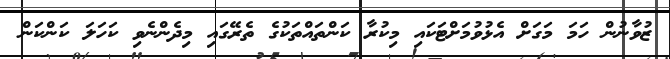
ޒުވާނުން ހަމަ މަގަށް އެޅުވުމަށްޓަކައި މިކުރާ ކަންތައްތަކުގެ ތެރޭގައި މިދެންނެވި ކަހަލަ ކަންކަން